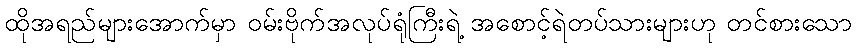
ထိုအရည်များအောက်မှာ ဝမ်းဗိုက်အလုပ်ရုံကြီးရဲ့ အစောင့်ရဲတပ်သားများဟု တင်စားသော